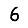
Digit: 6